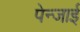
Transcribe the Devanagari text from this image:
पेन्जाई